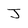
Character: J